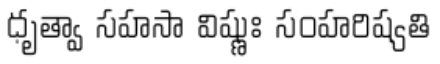
ధృత్వా సహసా విష్ణుః సంహరిష్యతి